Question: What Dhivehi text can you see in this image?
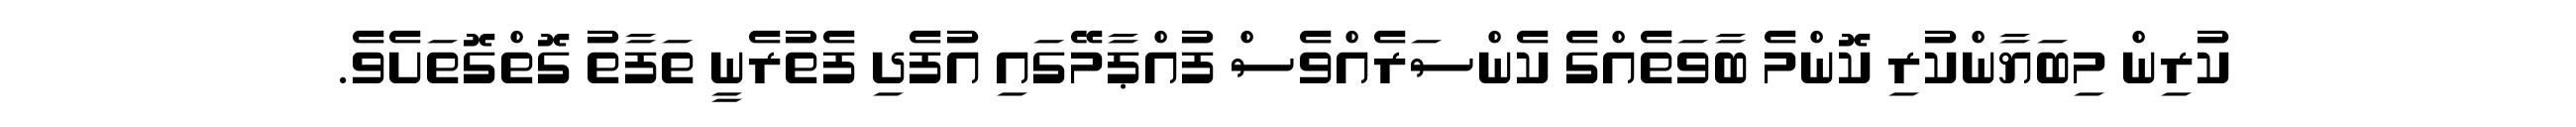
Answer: ކުރިން މިބަޔާންކުރި ކޮންމެ ބާވަތެއްގެ ކެންސަރެއްވެސް ފުއްޕާމޭގައި އުފެދި ފެތުރެނީ ތަފާތު ގޮތްގޮތަށެވެ.